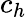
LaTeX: c_{h}